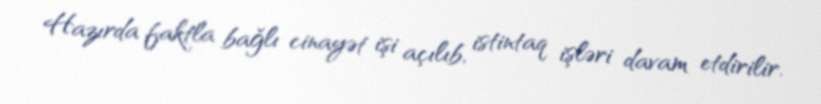
Hazırda faktla bağlı cinayət işi açılıb, istintaq işləri davam etdirilir.